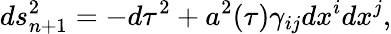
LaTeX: ds_{n+1}^{2}=-d\tau^{2}+a^{2}(\tau)\gamma_{ij}dx^{i}dx^{j},